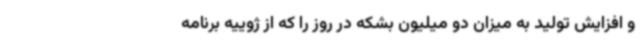
و افزایش تولید به میزان دو میلیون بشکه در روز را که از ژوییه برنامه